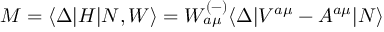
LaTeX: M = \langle \Delta | H | N , W \rangle = W _ { a \mu } ^ { ( - ) } \langle \Delta | V ^ { a \mu } - A ^ { a \mu } | N \rangle